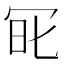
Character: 𠖆